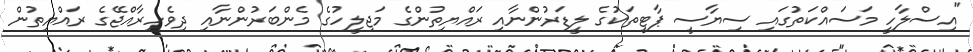
"އިސްލާހީ މަސައްކަތުގައި ސިޔާސީ ޕާޓީތަކުގެ ލީޑަރުންނާއި ރައްޔިތުންގެ މަޖިލީހުގެ މެންބަރުންނާއި ދިވެހިރާއްޖޭގެ ރައްޔިތުން